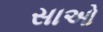
સાઓ